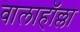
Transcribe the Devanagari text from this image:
वालाहाॅल्ला